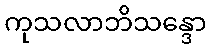
ကုသလာဘိသန္ဒော